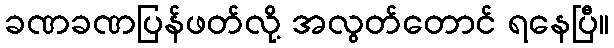
ခဏခဏပြန်ဖတ်လို့ အလွတ်တောင် ရနေပြီ။